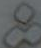
&